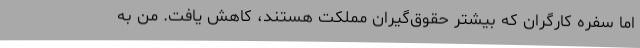
اما سفره کارگران که بیشتر حقوق‌گیران مملکت هستند، کاهش یافت. من به